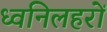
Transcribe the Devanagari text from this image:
ध्वनिलहरों